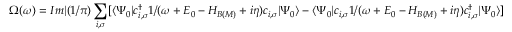
\Omega ( \omega ) = I m | ( 1 / \pi ) \sum _ { i , \sigma } [ \langle \Psi _ { 0 } | c _ { i , \sigma } ^ { \dagger } { 1 / ( \omega + E _ { 0 } - { \cal H } _ { B ( M ) } + i \eta ) } c _ { i , \sigma } | \Psi _ { 0 } \rangle - \langle \Psi _ { 0 } | c _ { i , \sigma } { 1 / ( \omega + E _ { 0 } - { \cal H } _ { B ( M ) } + i \eta ) } c _ { i , \sigma } ^ { \dagger } | \Psi _ { 0 } \rangle ]